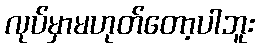
လုပ်မှာမဟုတ်တော့ပါဘူး